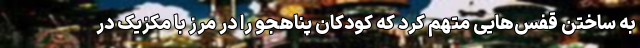
به ساختن قفس‌هایی متهم کرد که کودکان پناهجو را در مرز با مکزیک در